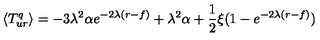
\langle { T _ { u r } ^ { q } } \rangle = - 3 \lambda ^ { 2 } \alpha e ^ { - 2 \lambda ( r - f ) } + \lambda ^ { 2 } \alpha + \frac 1 2 \xi ( 1 - e ^ { - 2 \lambda ( r - f ) } )